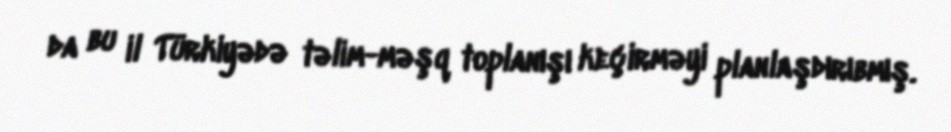
da bu il Türkiyədə təlim-məşq toplanışı keçirməyi planlaşdırıbmış.